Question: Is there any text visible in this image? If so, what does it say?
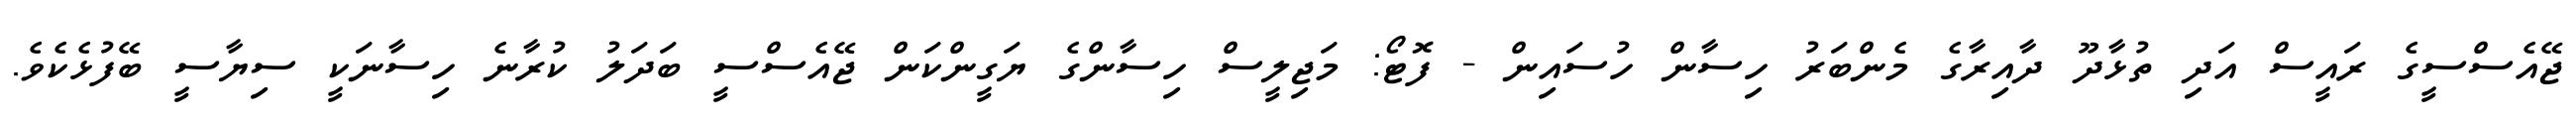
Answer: ޖޭއެސްސީގެ ރައީސް އަދި ތުޅާދޫ ދާއިރާގެ މެންބަރު ހިސާން ހުސައިން - ފޮޓޯ: މަޖިލީސް ހިސާންގެ ޔަގީންކަން ޖޭއެސްސީ ބަދަލު ކުރާނެ ހިސާނަކީ ސިޔާސީ ބޭފުޅެކެވެ.